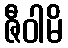
ဇီဝါမိ